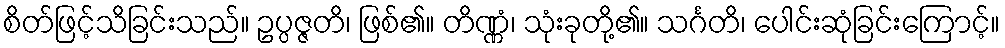
စိတ်ဖြင့်သိခြင်းသည်။ ဥပ္ပဇ္ဇတိ၊ ဖြစ်၏။ တိဏ္ဏံ၊ သုံးခုတို့၏။ သင်္ဂတိ၊ ပေါင်းဆုံခြင်းကြောင့်။